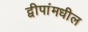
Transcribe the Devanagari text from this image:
द्वीपांमधील